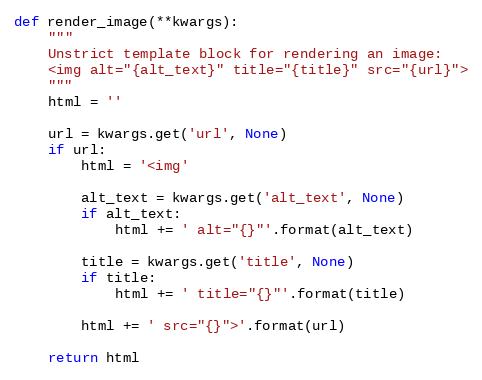
Language: Python
def render_image(**kwargs):
    """
    Unstrict template block for rendering an image:
    <img alt="{alt_text}" title="{title}" src="{url}">
    """
    html = ''

    url = kwargs.get('url', None)
    if url:
        html = '<img'

        alt_text = kwargs.get('alt_text', None)
        if alt_text:
            html += ' alt="{}"'.format(alt_text)

        title = kwargs.get('title', None)
        if title:
            html += ' title="{}"'.format(title)

        html += ' src="{}">'.format(url)

    return html